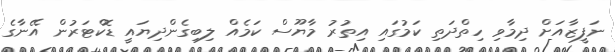
ނަފީޒާއަށް ދިމާވި ހިތްދަތި ކަމުގައި އިތުރު މާޔޫސް ކަމެއް ލިބިގެންދިޔައީ ޑޮކްޓަރުން އޭނާގެ